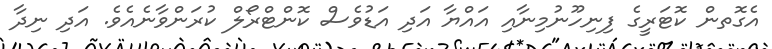
އެގޮތން ކޮޓަރީގެ ފިނިހޫނުމިނާއި އައްޔާ އަދި އަޑުވެސް ކޮންޓްރޯލް ކުރަންވާނެއެވެ. އަދި ނިދާ